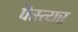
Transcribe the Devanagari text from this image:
पैस्त्यर